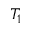
T _ { 1 }